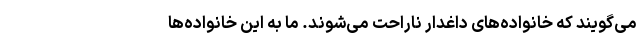
می‌گویند که خانواده‌های داغدار ناراحت می‌شوند. ما به این خانواده‌ها